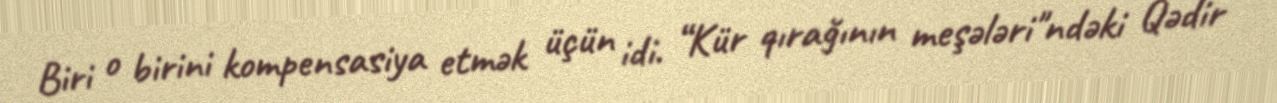
Biri o birini kompensasiya etmək üçün idi. “Kür qırağının meşələri"ndəki Qədir